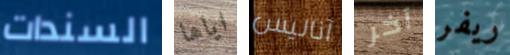
السندات اياها آناليس آخر ريفر